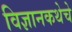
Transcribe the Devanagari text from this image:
विज्ञानकथेचे